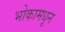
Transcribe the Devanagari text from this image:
भोकामधून